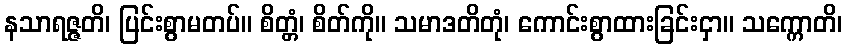
နသာရဇ္ဇတိ၊ ပြင်းစွာမတပ်။ စိတ္တံ၊ စိတ်ကို။ သမာဒတိတုံ၊ ကောင်းစွာထားခြင်းငှာ။ သက္ကောတိ၊